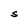
Character: S